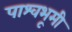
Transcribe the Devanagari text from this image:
पाश्वभूमी